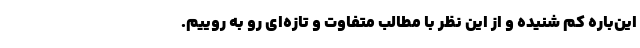
این‌باره کم شنیده و از این نظر با مطالب متفاوت و تازه‌ای رو به روییم.